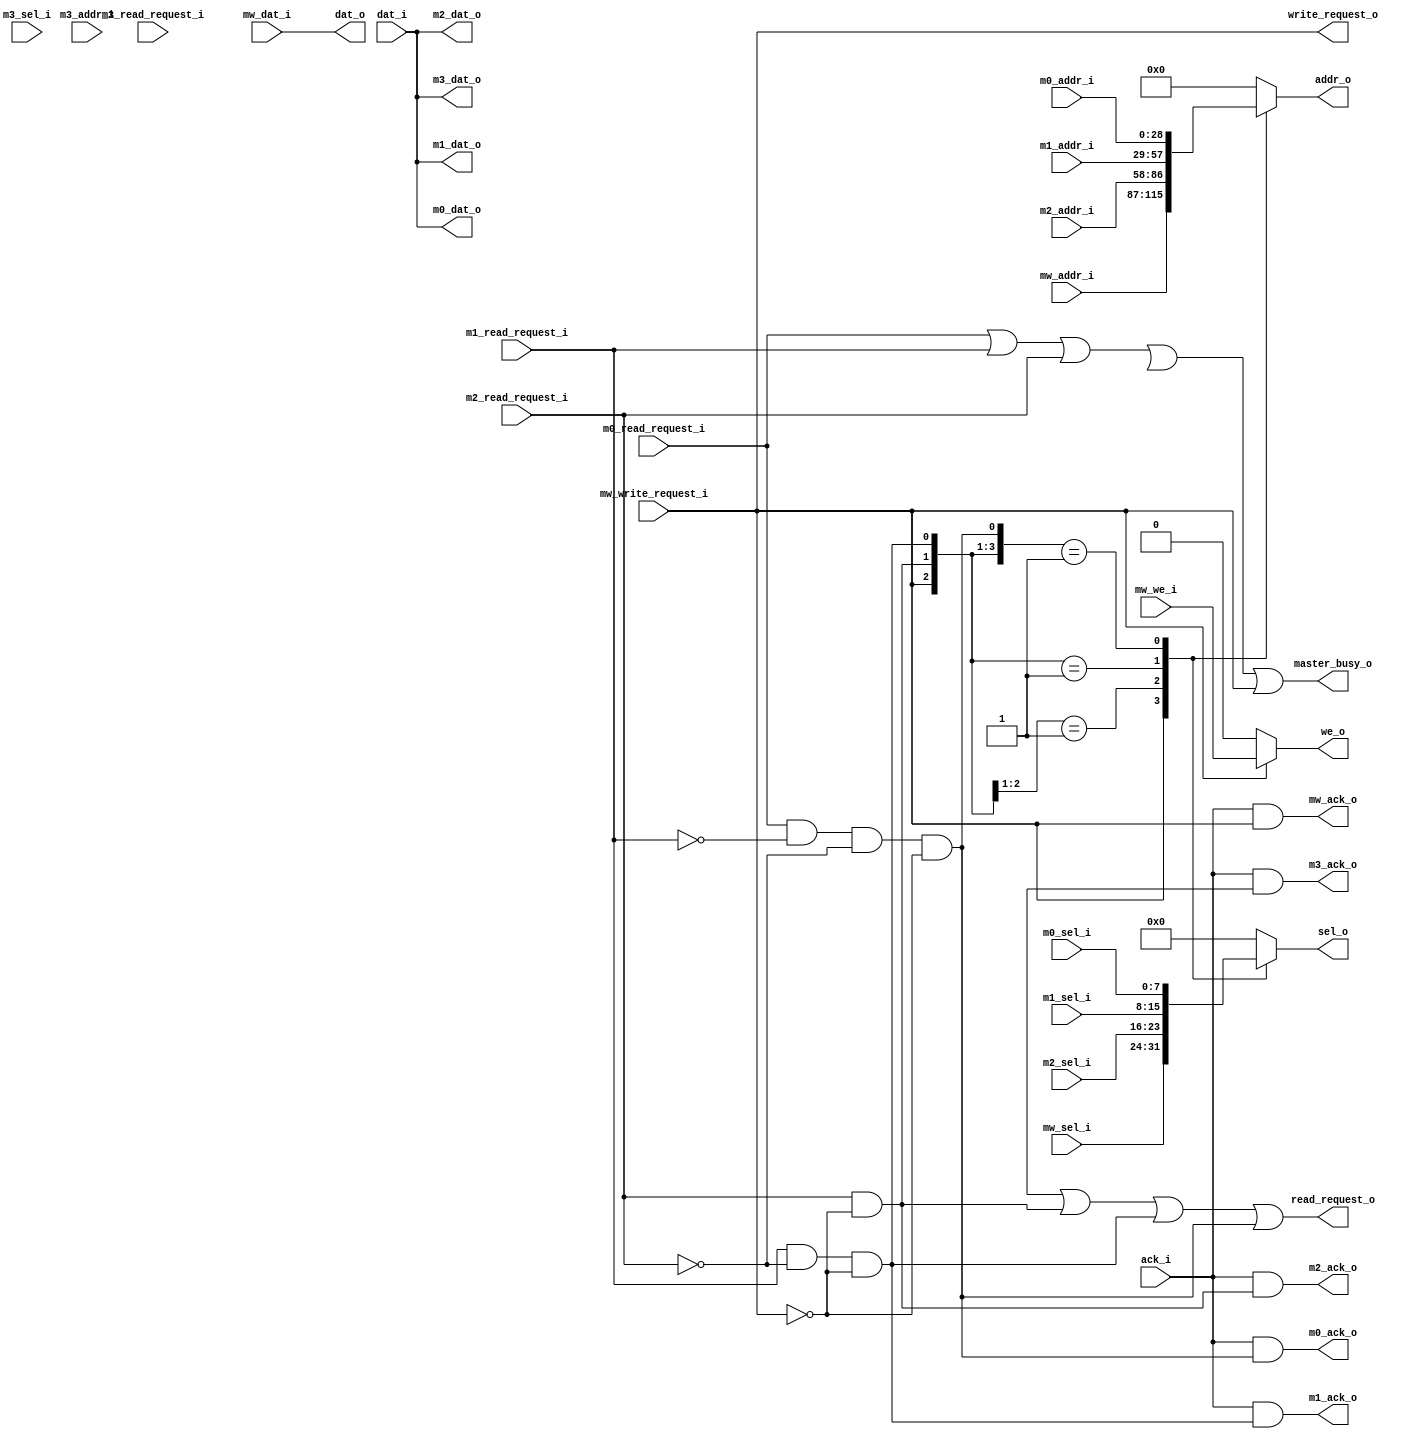
module gfx_wbm_readwrite_arbiter64
  (
   master_busy_o,
   // Interface against the wbm read module
   read_request_o,
   write_request_o,
   addr_o,
   we_o,
   sel_o,
   dat_i,
   dat_o,
   ack_i,
   // Interface against writer
   mw_write_request_i,
   mw_addr_i,
   mw_we_i,
   mw_sel_i,
   mw_dat_i,
   mw_ack_o,
   // Interface against masters (clip)
   m0_read_request_i,
   m0_addr_i,
   m0_sel_i,
   m0_dat_o,
   m0_ack_o,
   // Interface against masters (fragment processor)
   m1_read_request_i,
   m1_addr_i,
   m1_sel_i,
   m1_dat_o,
   m1_ack_o,
   // Interface against masters (blender)
   m2_read_request_i,
   m2_addr_i,
   m2_sel_i,
   m2_dat_o,
   m2_ack_o,
   // Interface against masters (textblit)
   m3_read_request_i,
   m3_addr_i,
   m3_sel_i,
   m3_dat_o,
   m3_ack_o
   );

output        master_busy_o;
// Interface against the wbm read module
output        read_request_o;
output				write_request_o;
output reg [31:3] addr_o;
output        we_o;
output reg [7:0] sel_o;
input  [63:0] dat_i;
output [63:0] dat_o;
input         ack_i;
// Interface against writer
input         mw_write_request_i;
input  [31:3] mw_addr_i;
input   [7:0] mw_sel_i;
input         mw_we_i;
input  [63:0] mw_dat_i;
output        mw_ack_o;
// Interface against masters (clip)
input         m0_read_request_i;
input  [31:3] m0_addr_i;
input   [7:0] m0_sel_i;
output [63:0] m0_dat_o;
output        m0_ack_o;
// Interface against masters (fragment processor)
input         m1_read_request_i;
input  [31:3] m1_addr_i;
input   [7:0] m1_sel_i;
output [63:0] m1_dat_o;
output        m1_ack_o;
// Interface against masters (blender)
input         m2_read_request_i;
input  [31:3] m2_addr_i;
input   [7:0] m2_sel_i;
output [63:0] m2_dat_o;
output        m2_ack_o;
// Interface against masters (textblit)
input         m3_read_request_i;
input  [31:3] m3_addr_i;
input   [7:0] m3_sel_i;
output [63:0] m3_dat_o;
output        m3_ack_o;

// Master ins -> |MUX> -> these wires
wire        rreq_w;
wire [31:3] addr_w;
wire  [7:0] sel_w;
// Slave ins -> |MUX> -> these wires
wire [63:0] dat_w;
wire        ack_w;

// Master select (MUX controls)
wire [3:0] master_sel;

assign master_busy_o = m0_read_request_i | m1_read_request_i | m2_read_request_i | m3_read_request | mw_write_request_i;

// priority to wbm1, the blender master
assign master_sel[4] = m3_read_request_i & !m0_read_request_i & !m1_read_request_i & !m2_read_request_i & !mw_write_request_i;
assign master_sel[0] = m0_read_request_i & !m1_read_request_i & !m2_read_request_i & !mw_write_request_i;
assign master_sel[1] = m1_read_request_i & !m2_read_request_i & !mw_write_request_i;
assign master_sel[2] = m2_read_request_i & !mw_write_request_i;
assign master_sel[3] = mw_write_request_i;

assign dat_o = mw_dat_i;
assign mw_ack_o = ack_i & master_sel[3];

// Master input mux, priority to blender master
assign m0_dat_o = dat_i;
assign m0_ack_o = ack_i & master_sel[0];

assign m1_dat_o = dat_i;
assign m1_ack_o = ack_i & master_sel[1];

assign m2_dat_o = dat_i;
assign m2_ack_o = ack_i & master_sel[2];

assign m3_dat_o = dat_i;
assign m3_ack_o = ack_i & master_sel[4];

assign read_request_o = master_sel[4] |
												master_sel[2] |
                        master_sel[1] |
                        master_sel[0];
assign write_request_o = master_sel[3];

always @*
casez(master_sel)
5'b1????:	addr_o <= m3_addr_i;
5'b01???:	addr_o <= mw_addr_i;
5'b001??:	addr_o <= m2_addr_i;
5'b0001?:	addr_o <= m1_addr_i;
5'b00001:	addr_o <= m0_addr_i;
default:	addr_o <= 32'h0;
endcase

always @*
casez(master_sel)
5'b1????:	sel_o <= m3_sel_i;
5'b01???:	sel_o <= mw_sel_i;
5'b001??:	sel_o <= m2_sel_i;
5'b0001?:	sel_o <= m1_sel_i;
5'b00001:	sel_o <= m0_sel_i;
default:	sel_o <= 8'h0;
endcase

assign we_o   = master_sel[3] ? mw_we_i : 1'b0;
   
endmodule